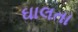
ઘાલતા